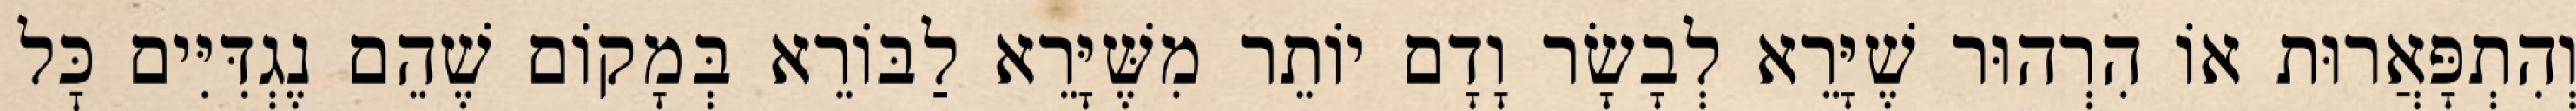
וְהִתְפָּאֲרוּת אוֹ הִרְהוּר שֶׁיָּרֵא לְבָשָׂר וָדָם יוֹתֵר מִשֶּׁיָּרֵא לַבּוֹרֵא בְּמָקוֹם שֶׁהֵם נֶגְדִּיִּים כׇּל